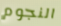
النجوم